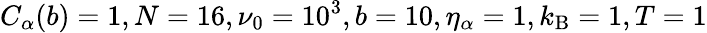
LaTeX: C_{\alpha}(b)=1,N=16,\nu_{0}=10^{3},b=10,\eta_{\alpha}=1,k_{\mathrm{B}}=1,T=1